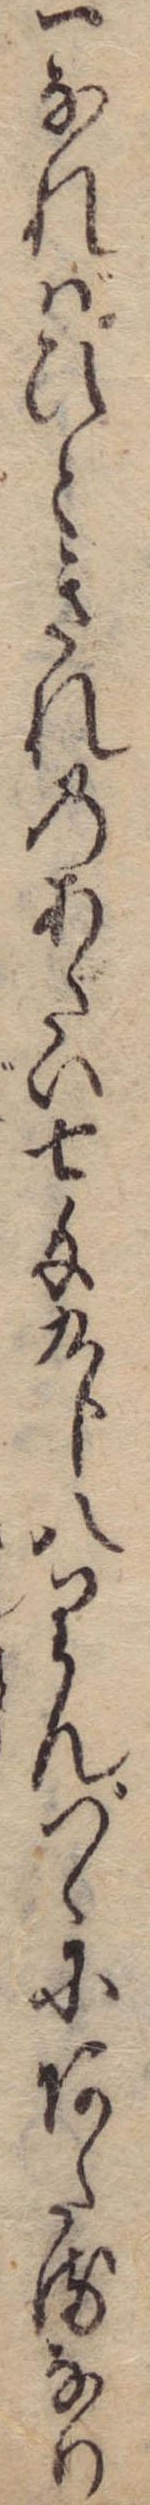
一なればひときれのあたい七匁九分八りんづゝにあたるなり